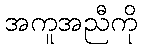
အကူအညီကို